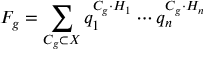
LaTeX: F _ { g } = \sum _ { C _ { g } \subset X } q _ { 1 } ^ { C _ { g } \cdot H _ { 1 } } \cdots q _ { n } ^ { C _ { g } \cdot H _ { n } }